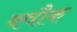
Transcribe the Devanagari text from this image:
क्वौक